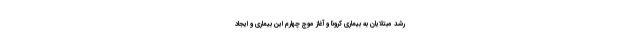
رشد مبتلایان به بیماری کرونا و آغاز موج چهارم این بیماری و ایجاد